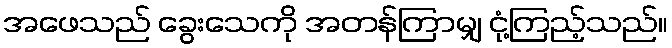
အဖေသည် ခွေးသေကို အတန်ကြာမျှ ငုံ့ကြည့်သည်။